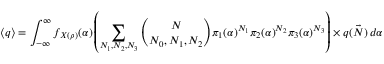
\langle q \rangle = \int _ { - \infty } ^ { \infty } f _ { X ( \rho ) } ( \alpha ) \left( \sum _ { N _ { 1 } , N _ { 2 } , N _ { 3 } } \binom { N } { N _ { 0 } , N _ { 1 } , N _ { 2 } } { \pi } _ { 1 } ( \alpha ) ^ { N _ { 1 } } { \pi } _ { 2 } ( \alpha ) ^ { N _ { 2 } } { \pi } _ { 3 } ( \alpha ) ^ { N _ { 3 } } \right) \times q ( \vec { N } ) \, d \alpha